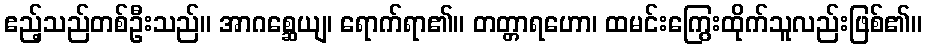
ဧည့်သည်တစ်ဦးသည်။ အာဂစ္ဆေယျ၊ ရောက်ရာ၏။ တတ္တာရဟော၊ ထမင်းကြွေးထိုက်သူလည်းဖြစ်၏။